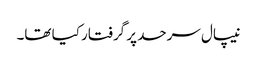
نیپال سرحد پر گرفتار کیا تھا۔